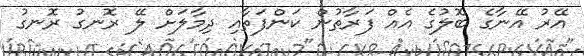
އޭރު އޭނާގެ ބޮލުގެ އެއް ފަރާތުން ކަންފަތާއި ދިމާލަށް ލޭ ރޮނގު ރޮނގު